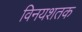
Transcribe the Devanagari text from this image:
विनयशतक